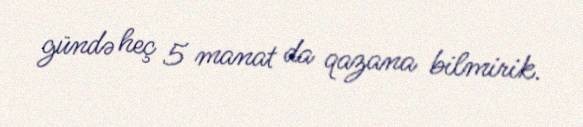
gündə heç 5 manat da qazana bilmirik.